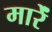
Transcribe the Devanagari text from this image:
मारेंं